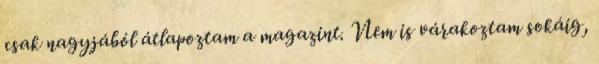
csak nagyjából átlapoztam a magazint. Nem is várakoztam sokáig,